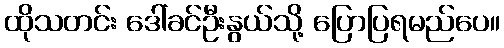
ထိုသတင်း ဒေါ်ခင်ဦးနွယ်သို့ ပြောပြရမည်ပေ။